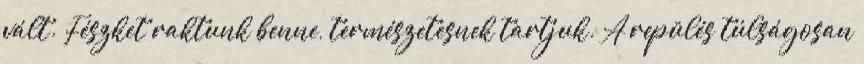
vált. Fészket raktunk benne, természetesnek tartjuk. A repülés túlságosan